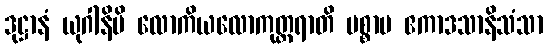
ဒုဋ္ဌာနံ ယုဂါနိပိ လောကိယလောကုတ္တရာတိ ပစ္စာမ ဧကာဒသာနိသံသာ